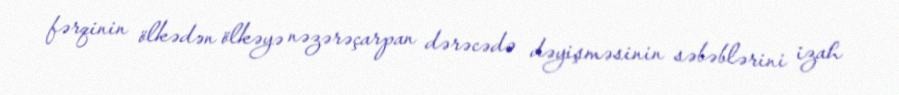
fərqinin ölkədən ölkəyə nəzərəçarpan dərəcədə dəyişməsinin səbəblərini izah